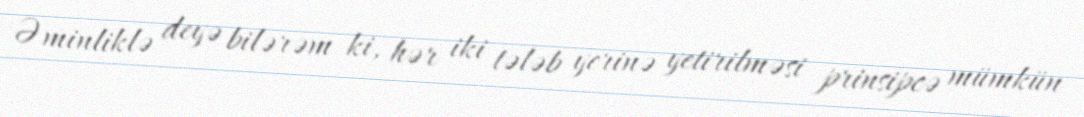
Əminliklə deyə bilərəm ki, hər iki tələb yerinə yetirilməsi prinsipcə mümkün